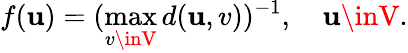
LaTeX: f(\mathbf{u})=(\operatorname*{max}_{v\inV}d(\mathbf{u},v))^{-1},\quad\mathbf{u}\inV.